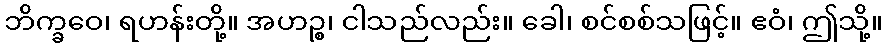
ဘိက္ခဝေ၊ ရဟန်းတို့။ အဟဉ္စ၊ ငါသည်လည်း။ ခေါ၊ စင်စစ်သဖြင့်။ ဧဝံ၊ ဤသို့။